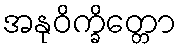
အနုဝိက္ခိတ္တော